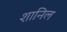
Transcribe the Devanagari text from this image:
शानिल